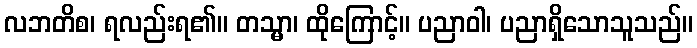
လဘတိစ၊ ရလည်းရ၏။ တသ္မာ၊ ထိုကြောင့်။ ပညာဝါ၊ ပညာရှိသောသူသည်။